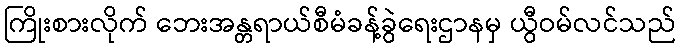
ကြိုးစားလိုက် ဘေးအန္တရာယ်စီမံခန့်ခွဲရေးဌာနမှ ယွီဝမ်လင်သည်